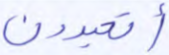
أتعبدون